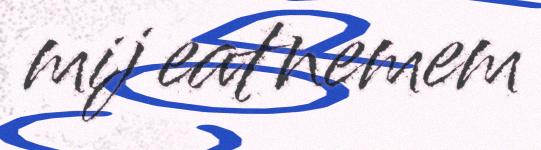
mij eatnemem